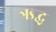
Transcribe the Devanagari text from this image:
ऋद्ध